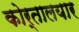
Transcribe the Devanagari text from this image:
कोर्तालयार